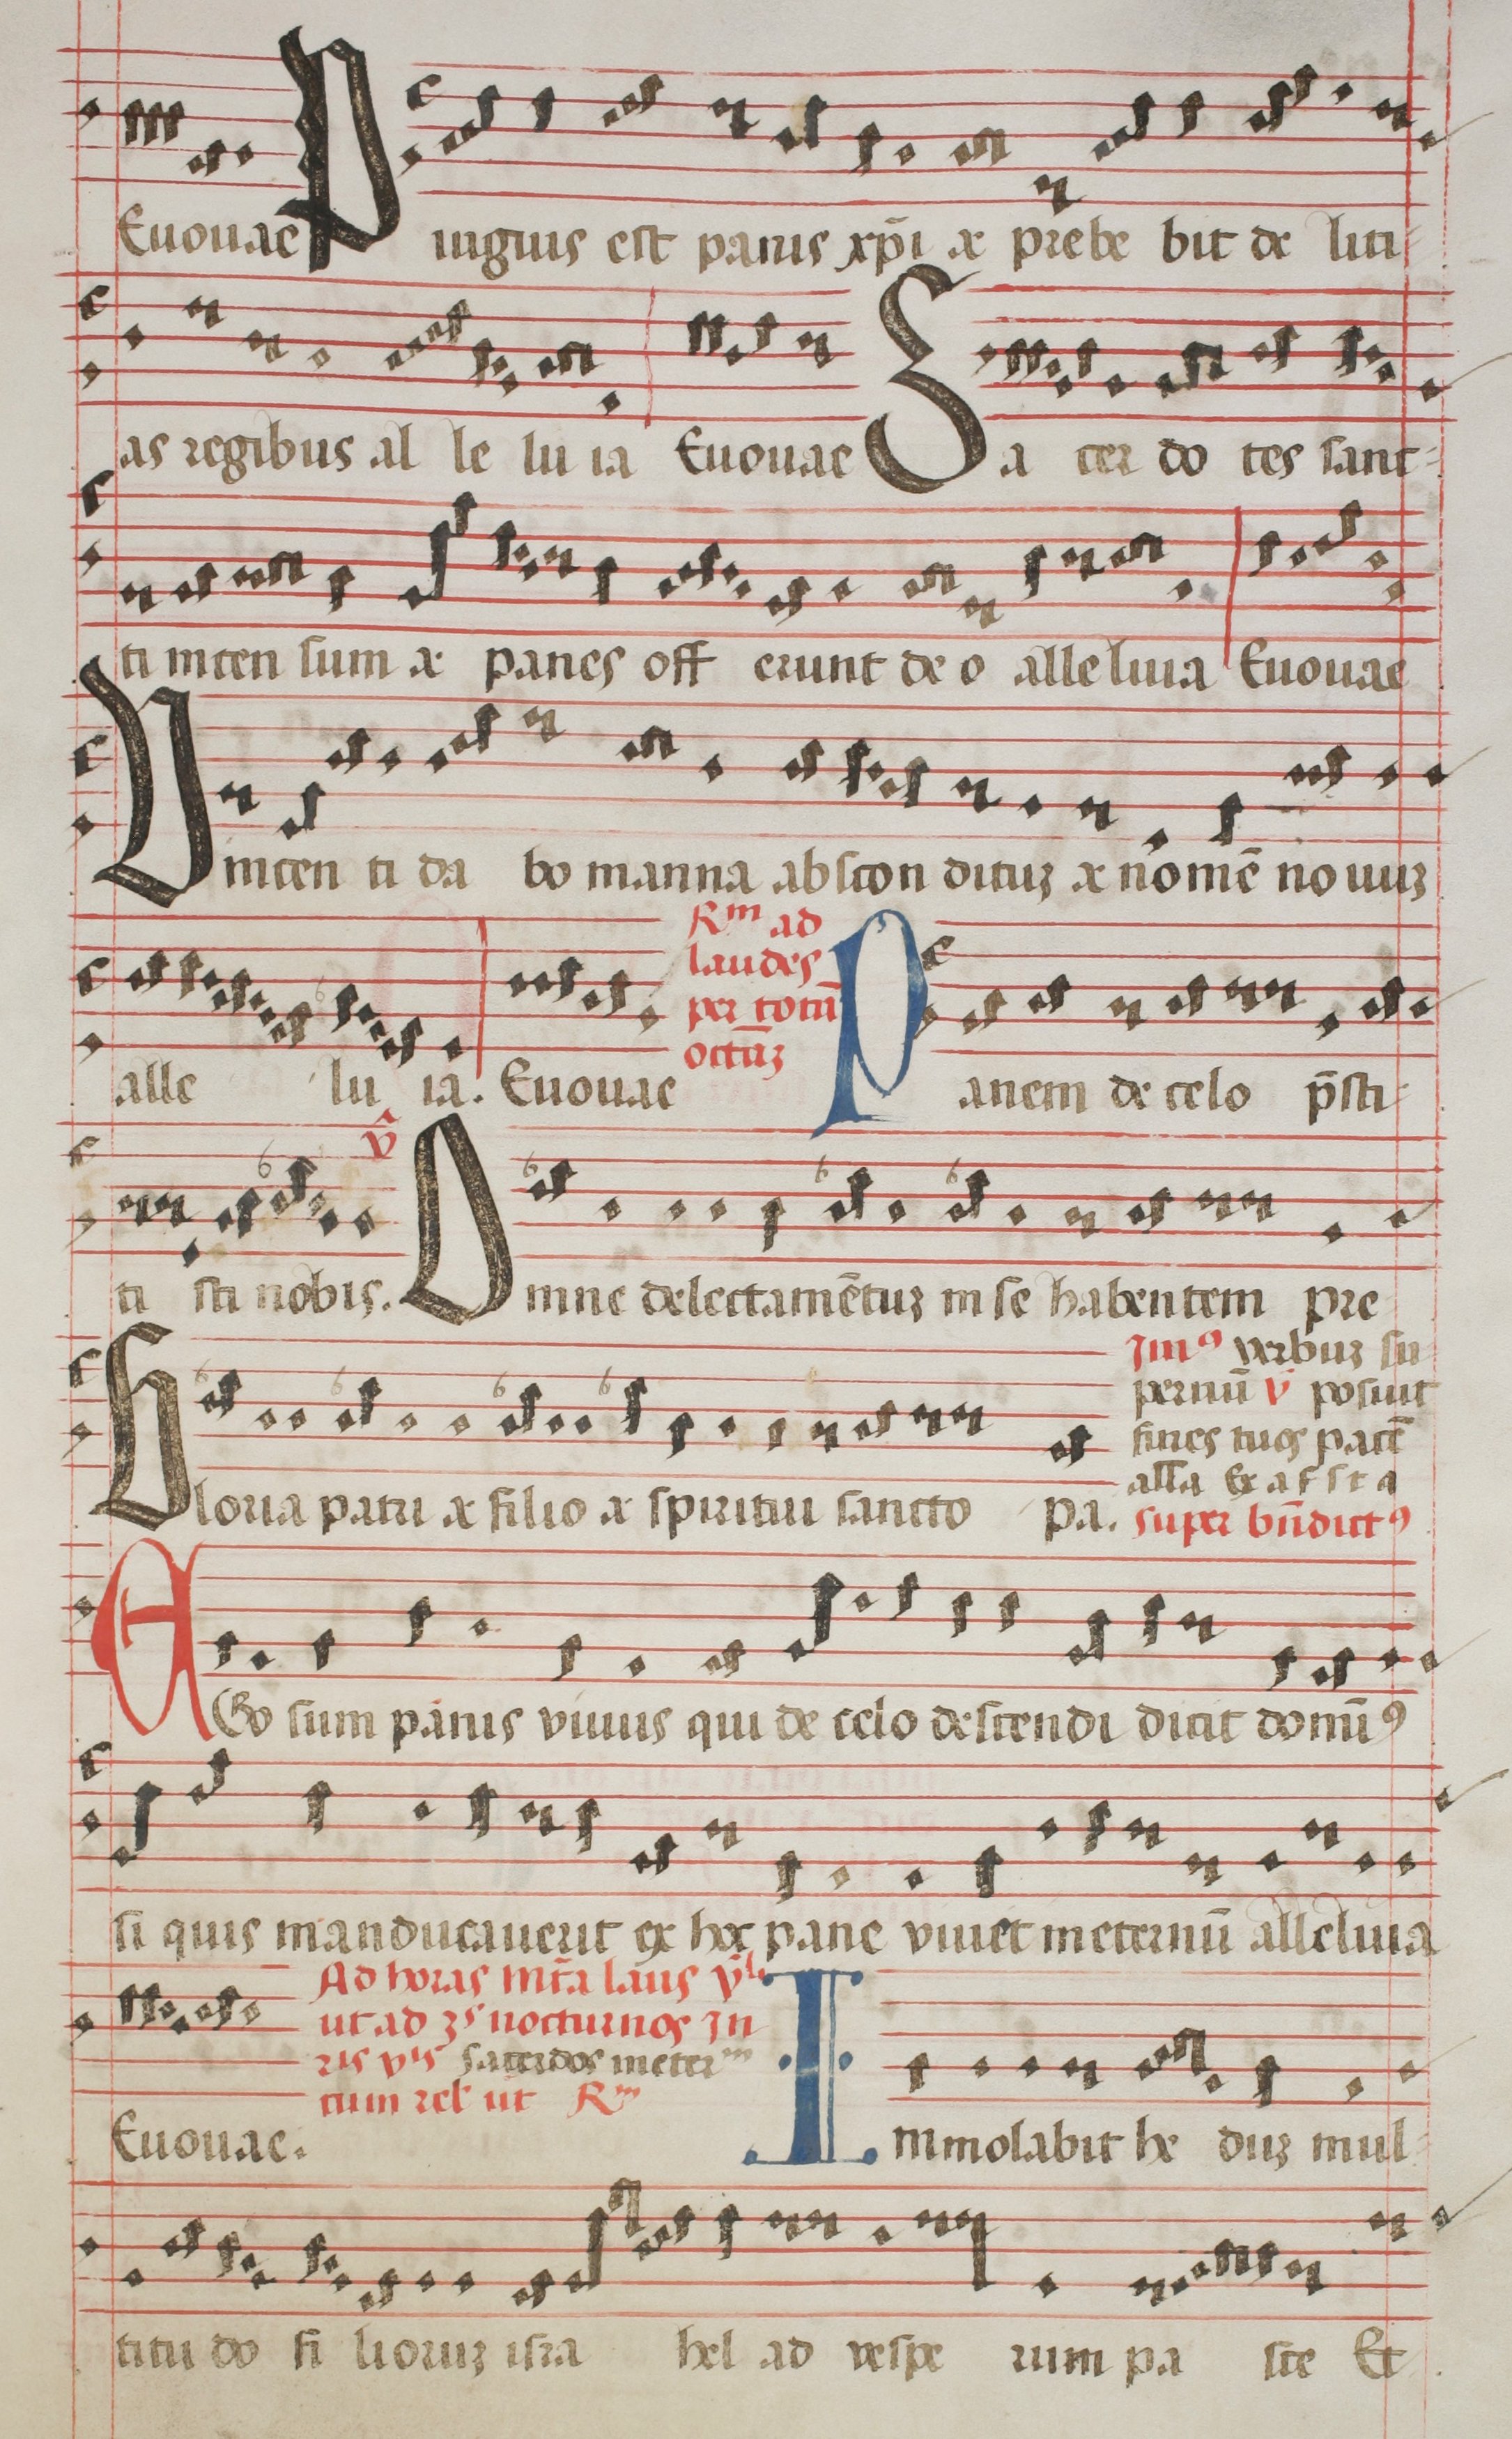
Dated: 1544–1544